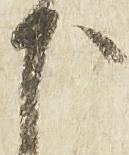
下